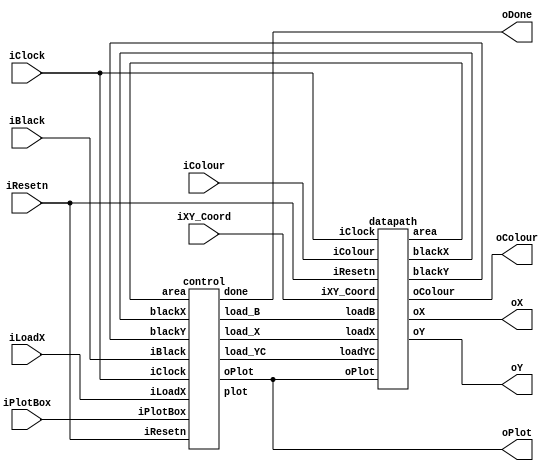
module part2(iResetn,iPlotBox,iBlack,iColour,iLoadX,iXY_Coord,iClock,oX,oY,oColour,oPlot,oDone);
   parameter X_SCREEN_PIXELS = 8'd160;
   parameter Y_SCREEN_PIXELS = 7'd120;

   input wire iResetn, iPlotBox, iBlack, iLoadX;
   input wire [2:0] iColour;
   input wire [6:0] iXY_Coord;
   input wire 	    iClock;
   output wire [7:0] oX;         // VGA pixel coordinates
   output wire [6:0] oY;

   output wire [2:0] oColour;     // VGA pixel colour (0-7)
   output wire 	     oPlot;       // Pixel draw enable
   output wire       oDone;       // goes high when finished drawing frame

   //
   // Your code goes here
   //

	
	wire loadX;
	wire loadYC;
	wire loadB;
	wire Plot;
	wire[7:0]blackX;
	wire[6:0]blackY;
	wire[4:0]area;
	
	control cc(iClock, iResetn, iPlotBox, iBlack, iLoadX, blackX, blackY, area,
	loadX, loadYC, loadB, Plot, oDone, oPlot);
	
	datapath dd(iClock, iResetn, loadX, loadYC, loadB, oPlot, iColour, iXY_Coord, 
	oX, blackX, oY, blackY, oColour, area);
	
endmodule 


///Control Module

module control(

	input iClock,
	input iResetn,
    input iPlotBox,
    input iBlack,
	input iLoadX,
	input [7:0] blackX,
	input [6:0] blackY,
	input [4:0] area,
	 
    output reg load_X, 
	output reg load_YC,
	output reg load_B,
	output reg plot,
    output reg done, 
	output reg oPlot
   );
	
	
	
	
	parameter X_SCREEN_PIXELS = 8'd160;
    parameter Y_SCREEN_PIXELS = 7'd120;
	 
	 
	reg [2:0] currentState, nextState;
	 
	localparam 
					State_A        = 3'd0,  ///load x
					WAIT_A           = 3'd1,
					State_B        = 3'd2,  /// load y and c
					WAIT_B	         = 3'd3,
					State_C        = 3'd4,  /// draw
					BLACK            = 3'd5,  /// all black
					DONE             = 3'd6;  /// return odone

    // Next state logic aka our state table
    always@(posedge iClock)
    begin
            case (currentState)
				
			
                State_A: nextState = iLoadX ? WAIT_A : State_A;
					 WAIT_A: nextState = iLoadX ? WAIT_A : State_B;
					 
                State_B: nextState = iPlotBox ? WAIT_B : State_B;
					 WAIT_B: nextState = iPlotBox ? WAIT_B : State_C;
					 
                State_C: begin
								if(area == 5'd15)  // loop unitl get 4x4
									nextState = DONE;
								else
									nextState = State_C;
							  end
							  
					 BLACK: begin
								if(blackX == X_SCREEN_PIXELS - 1 && blackY == Y_SCREEN_PIXELS - 1) // loop until draw all area
									nextState = DONE;
								else
									nextState = BLACK;
							  end
					 
					 DONE: nextState = State_A;
								 
			 
            default:     nextState = State_A;
        endcase
    end 
	 
	 
	always@(posedge iClock)
		
		///Setting different stages of loads
		begin: enable_signals
		
			load_X <= 1'b0;
			load_YC <= 1'b0;
			load_B <= 1'b0;
			
			
			if ( iBlack == 1 || iLoadX == 1)
				plot <= 1'b0;
				done <= 1'b0;
				oPlot <= 0;
			
			
			case (currentState)
			
				State_A:
				begin
					load_X <= 1'b1;
					oPlot <= 1'b0;
					plot <= 1'b0;
					
				end
				
				State_B:
				begin
					load_YC <= 1'b1;
					plot <= 1'b0;
					
				end
				
				State_C:
				begin
					plot <= 1'b1;
					oPlot <= 1'b1;
					
				end
				
				BLACK:
				begin
					load_B <= 1'b1;
					oPlot <= 1'b1;
					
				end
				
				DONE:
				begin
					done <= 1'b1;
					
				end
		
			endcase
		end 
		

	always@(posedge iClock)
	
		///FSM 
		begin: FSM
			if(!iResetn)
				currentState <= State_A;
				
			if (iBlack)
				currentState <= BLACK;
	
			else 
				currentState <= nextState;
				
		end 
		
endmodule


///Data Path Module

module datapath(


	input iClock,
	input iResetn,
	input loadX, 
	input loadYC, 
	input loadB, 
	input oPlot,
	input [2:0] iColour,
	input [6:0] iXY_Coord,
	 
	output reg [7:0] oX, 
	output reg [7:0] blackX,
	output reg [6:0] oY, 
	output reg [6:0] blackY,
	output reg [2:0] oColour,
	output reg [4:0] area
	);
	
	/// Parameters
	parameter X_SCREEN_PIXELS = 8'd160;
    parameter Y_SCREEN_PIXELS = 7'd120;
	
	
	/// X,Y and Colour
	reg [7:0] x_loc;
	reg [6:0] y_loc;
	reg [2:0] Colour;
	
	always@(posedge iClock)
		begin
			if (!iResetn) 
				begin
					x_loc <= 8'b0;
					y_loc <= 7'b0;
					Colour <= 3'b0;
					area <= 5'b0;
				end
				
			///Loading X cord
			else
				begin
					if (loadX)
						begin
							x_loc[7] <= 1'b0;
							x_loc[6:0] <= iXY_Coord;
						end
					
					///Loading Y cord
					if (loadYC)
						begin
							y_loc <= iXY_Coord;
							Colour <= iColour;
						end
					
					///Plot 
					if (oPlot)
						begin
							if (area == 5'd16)
								begin
									area <= 5'd0;
								end
								
							else 
								begin
									area <= area + 1;
								end 
								
							oX <= x_loc + area[1:0];
							oY <= y_loc + area[3:2];
							oColour <= Colour;
							
						end
					///Load Black
					if (loadB)
						begin
							oX <= blackX;
							oY <= blackY;
							oColour <= 3'b000;
						end
				end
					
		end
	
	
	///Drawing Black Screen
	always@(posedge iClock)
		begin
			if (!iResetn) 
				begin
					blackX <= 8'b0;
					blackY <= 7'b0;
				end
				
			if ( blackX == X_SCREEN_PIXELS-1&& blackY == Y_SCREEN_PIXELS-1)
				begin
					blackX <= 8'b0;
					blackY <= 7'b0;
				end
			
			else if ( blackX == X_SCREEN_PIXELS-1)
				begin
					blackX <= 8'b0;
					blackY <= blackY+1;
				end
				
			if (loadB)
				begin
					blackX <= blackX+1;
					
				end
		end
endmodule